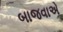
બાજવાએ